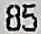
85